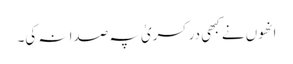
انھوں نے کبھی در کسریٰ پہ صدا نہ کی۔